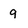
Character: 9